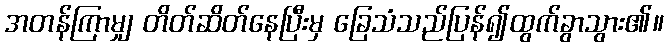
အတန်ကြာမျှ တိတ်ဆိတ်နေပြီးမှ ခြေသံသည်ပြန်၍ထွက်ခွာသွား၏။